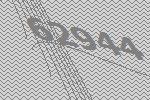
62944